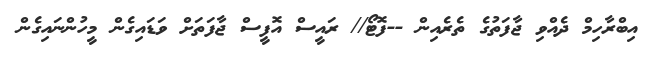
އިބްރާހިމް ދެއްވި ޖާފަތުގެ ތެރެއިން --ފޮޓޯ// ރައީސް އޮފީސް ޖާފަތަށް ވަޑައިގެން މީހުންނައިގެން